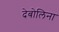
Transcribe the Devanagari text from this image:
देबोलिना